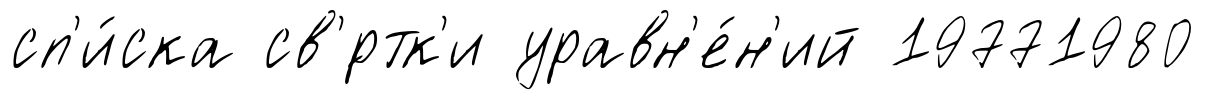
сп'и́ска св'́ртк'и уравн'е́н'ий 19771980